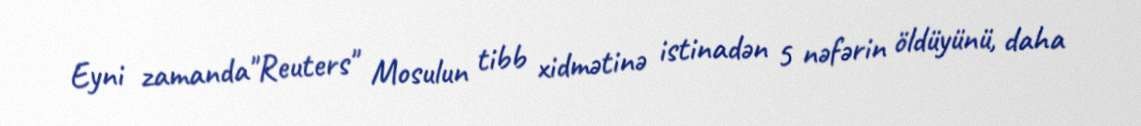
Eyni zamanda"Reuters" Mosulun tibb xidmətinə istinadən 5 nəfərin öldüyünü, daha